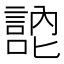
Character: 𭋚